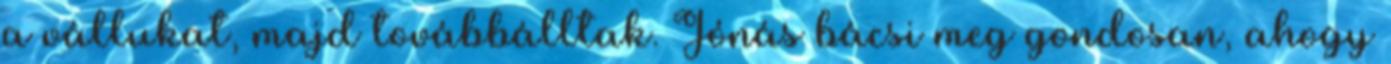
a vállukat, majd továbbálltak. Jónás bácsi meg gondosan, ahogy